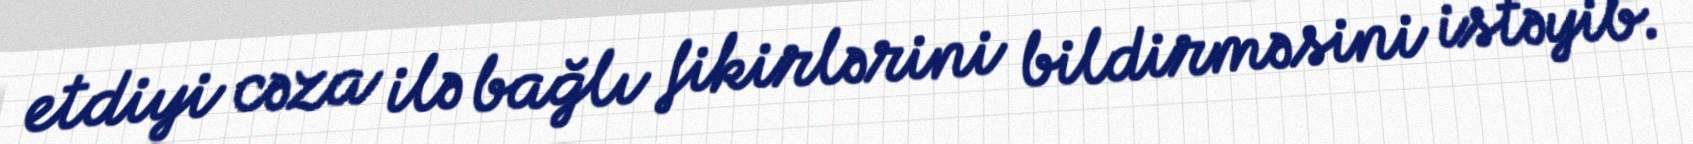
etdiyi cəza ilə bağlı fikirlərini bildirməsini istəyib.